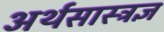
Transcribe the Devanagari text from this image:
अर्थसास्त्रज्ञ